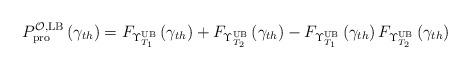
LaTeX: \begin{align*}P_{\rm{pro}}^{{\cal O},\rm{LB}}\left( {{\gamma _{th}}} \right) = {F_{\Upsilon _{{T_1}}^{{\rm{UB}}}}}\left( {{\gamma _{th}}} \right) + {F_{\Upsilon _{{T_2}}^{{\rm{UB}}}}}\left( {{\gamma _{th}}} \right) - {F_{\Upsilon _{{T_1}}^{{\rm{UB}}}}}\left( {{\gamma _{th}}} \right){F_{\Upsilon _{{T_2}}^{{\rm{UB}}}}}\left( {{\gamma _{th}}} \right)\end{align*}